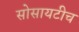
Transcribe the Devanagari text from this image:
सोसायटीच